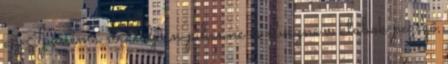
az Ipanema strandjain pihenne és élvezné a klubok pezsgő